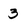
Character: 3